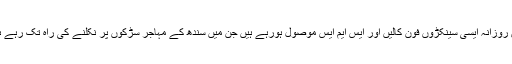
ہمیں روزانہ ایسی سینکڑوں فون کالیں اور ایس ایم ایس موصول ہورہے ہیں جن میں سندھ کے مہاجر سڑکوں پر نکلنے کی راہ تک رہے ہیں ۔